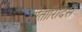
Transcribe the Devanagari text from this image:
सीतारिदिस